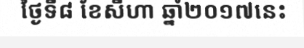
ថ្ងៃទី៨ ខែសីហា ឆ្នាំ២០១៧នេះ